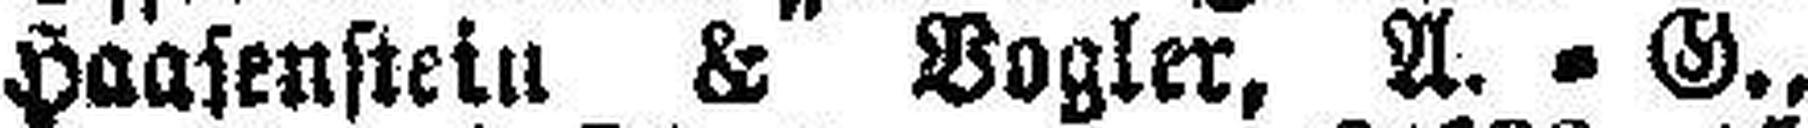
Haasenstein & Vogler, A.=G.,